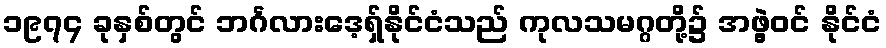
၁၉၇၄ ခုနှစ်တွင် ဘင်္ဂလားဒေ့ရှ်နိုင်ငံသည် ကုလသမဂ္ဂတို့၌ အဖွဲ့ဝင် နိုင်ငံ